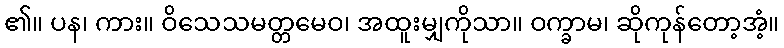
၏။ ပန၊ ကား။ ဝိသေသမတ္တမေဝ၊ အထူးမျှကိုသာ။ ဝက္ခာမ၊ ဆိုကုန်တော့အံ့။